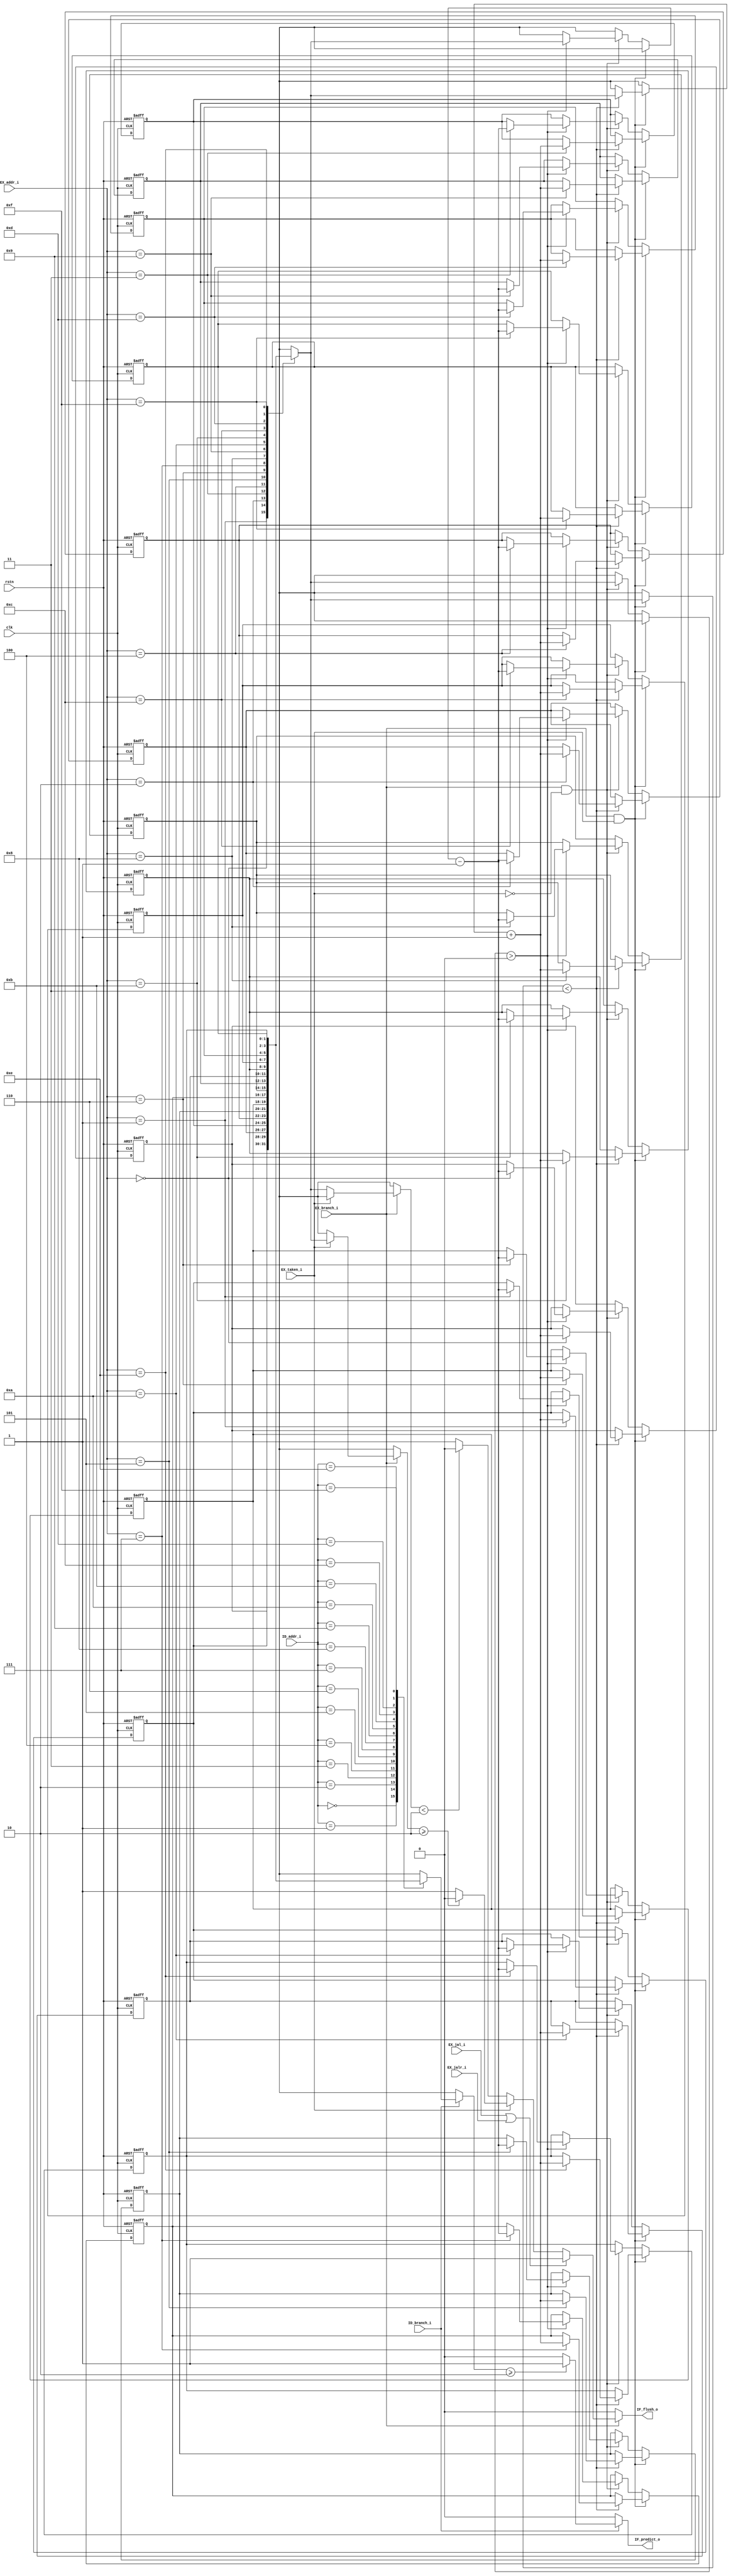
//-------------------------------------------------------------------
//
//  COPYRIGHT (C) 2023, devin
//  balddonkey@outlook.com
//
//-------------------------------------------------------------------
// Title       : rv_branch_predict.V
// Editor      : VIM
// Created     :
// Description : Dynamic 2-bit branch prediction
//
// $Id$
//-------------------------------------------------------------------

`timescale 1ns / 1ps

module rv_branch_predict(
    input               clk,
    input               rstn,
    input               ID_branch_i,
    input               EX_branch_i,
    input               EX_taken_i,
    input               EX_jal_i,
    input               EX_jalr_i,
    input       [3:0]   EX_addr_i,
    input       [3:0]   ID_addr_i,
    output  reg         IF_flush_o,
    output  reg         IF_predict_o
);

//------------------------ SIGNALS ------------------------//

reg [1:0]   bpb [15:0];    // branch prediction buffer
// use branch targer buffer will save one cycle for target calculation.

//------------------------ PROCESS ------------------------//

// dynamic branch prediction 
integer i;
always @(posedge clk or negedge rstn) begin
    if(!rstn) begin
        for (i=0; i<=15; i=i+1) begin
            bpb[i] <= 'd0;
        end
    end else begin
        if(EX_branch_i & EX_taken_i) begin
            if(bpb[EX_addr_i]<3) begin
                bpb[EX_addr_i] <= bpb[EX_addr_i]+1;
            end
        end else begin
            if(EX_branch_i & !EX_taken_i) begin
                if(bpb[EX_addr_i]>0) begin
                    bpb[EX_addr_i] <= bpb[EX_addr_i]-1;
                end
            end
        end
    end
end

always @(*) begin
    if(EX_branch_i) begin
        if(EX_taken_i) begin
            if(bpb[EX_addr_i]>=2) begin // predict correct
                IF_flush_o  <=  1'b0;
            end else begin
                IF_flush_o  <=  1'b1;   // nop
            end
        end else begin
            if(bpb[EX_addr_i]<2) begin  // predict correct
                IF_flush_o  <=  1'b0;
            end else begin
                IF_flush_o  <=  1'b1;   // nop
            end
        end
        if(EX_jal_i | EX_jalr_i) begin
            IF_flush_o  <=  1'b1;
        end
    end else begin
        IF_flush_o  <=  1'b0;
    end
end

always @(*) begin
    if(ID_branch_i) begin
        if(bpb[ID_addr_i]>=2) begin // predict branch
            IF_predict_o <=  1'b1;
        end else begin
            IF_predict_o <=  1'b0;
        end
    end else begin
        IF_predict_o  <=  1'b0;
    end
end

//------------------------ INST ------------------------//


endmodule